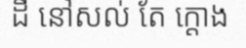
ដី នៅសល់ តែ ក្តោង